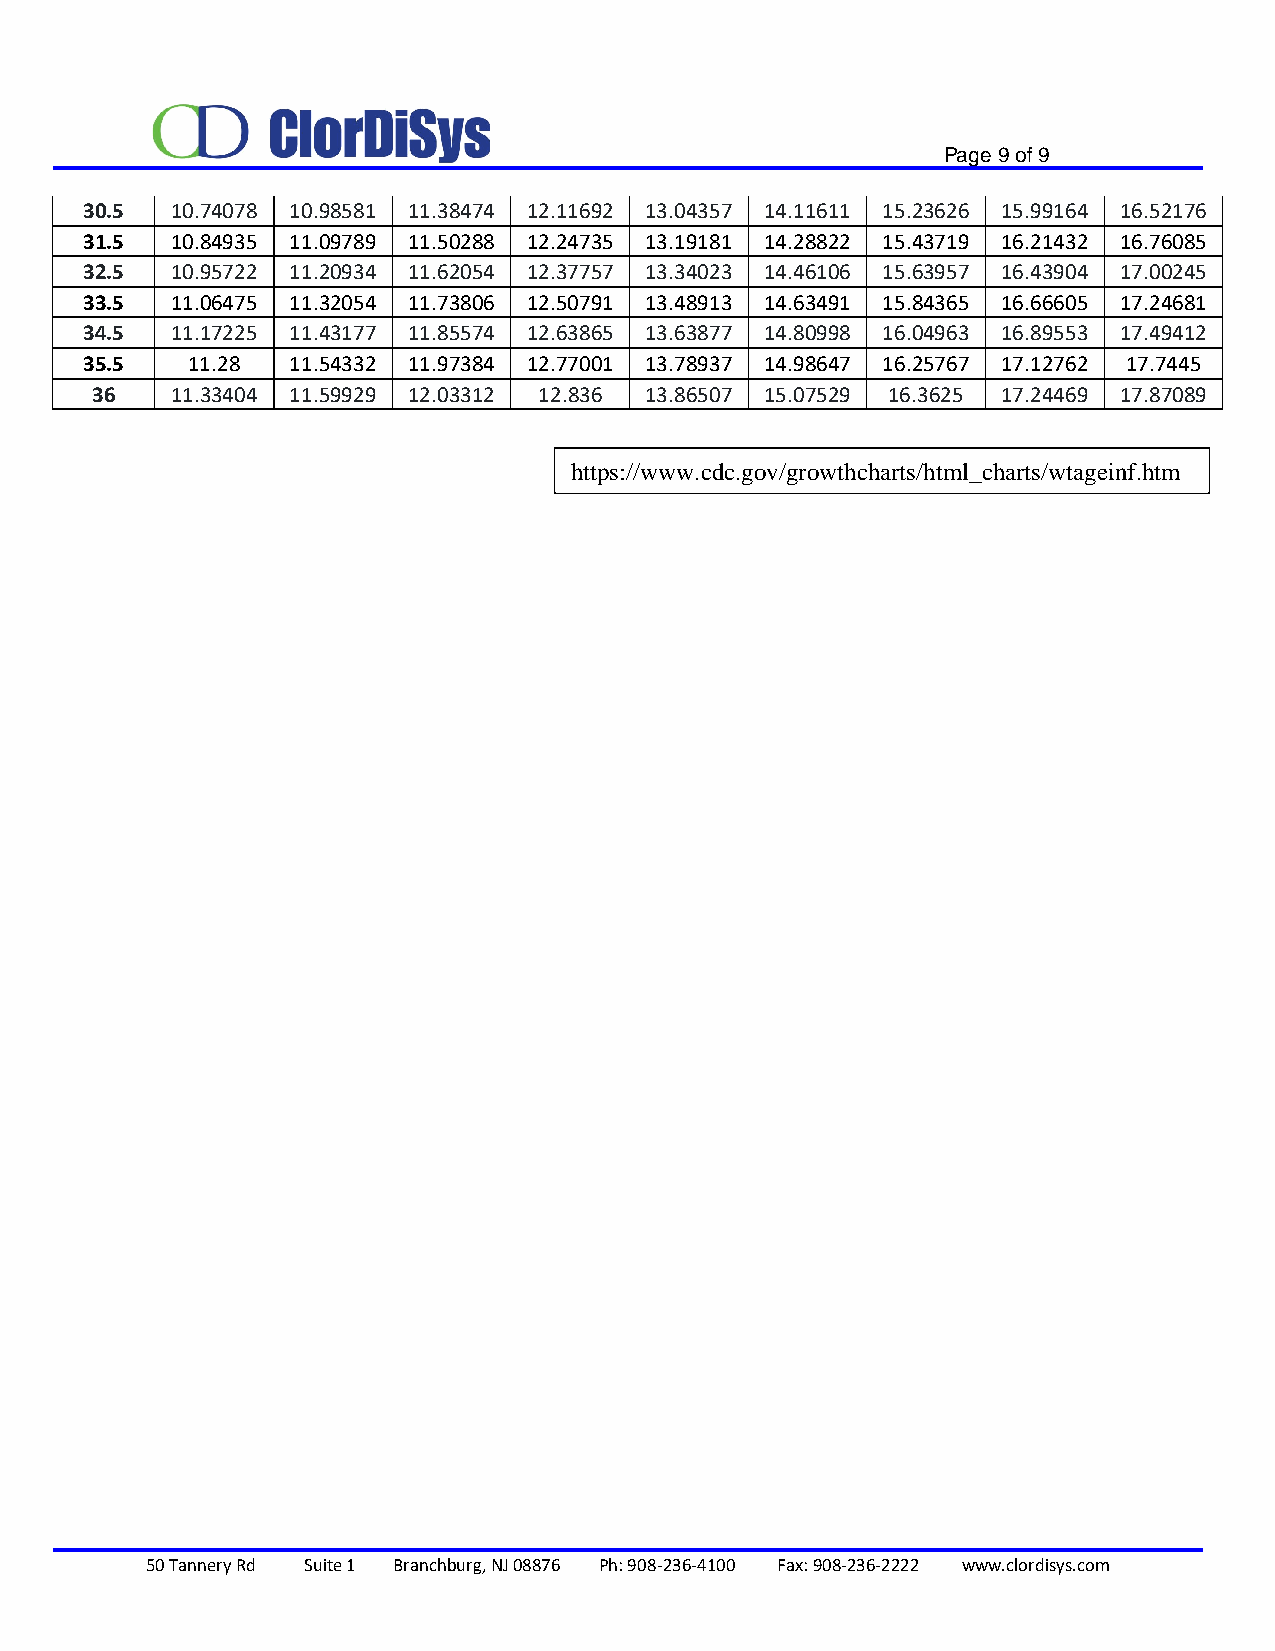
Page 9 of 9
 30.5  10.74078 10.98581 11.38474 12.11692 13.04357 14.11611 15.23626 15.99164 16.52176
 31.5  10.84935 11.09789 11.50288 12.24735 13.19181 14.28822 15.43719 16.21432 16.76085
 32.5  10.95722 11.20934 11.62054 12.37757 13.34023 14.46106 15.63957 16.43904 17.00245
 33.5  11.06475 11.32054 11.73806 12.50791 13.48913 14.63491 15.84365 16.66605 17.24681
 34.5  11.17225 11.43177 11.85574 12.63865 13.63877 14.80998 16.04963 16.89553 17.49412
 35.5   11.28  11.54332 11.97384 12.77001 13.78937 14.98647 16.25767 17.12762 17.7445
 36   11.33404 11.59929 12.03312 12.836 13.86507 15.07529 16.3625 17.24469 17.87089
 https://www.cdc.gov/growthcharts/html_charts/wtageinf.htm
 50 Tannery Rd Suite 1 Branchburg, NJ 08876 Ph: 908-236-4100 Fax: 908-236-2222 www.clordisys.com